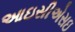
આઇસીએસઇ